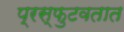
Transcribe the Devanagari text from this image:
प्रस्फुटवतात